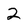
Character: 2